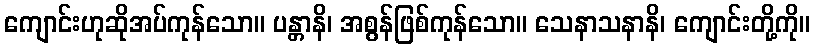
ကျောင်းဟုဆိုအပ်ကုန်သော။ ပန္တာနိ၊ အစွန်ဖြစ်ကုန်သော။ သေနာသနာနိ၊ ကျောင်းတို့ကို။